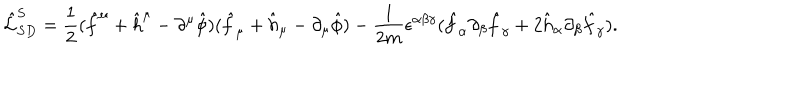
LaTeX: \hat { \cal { L } } _ { S D } ^ { S } = \frac { 1 } { 2 } ( \hat { f } ^ { \mu } + \hat { h } ^ { \mu } - \partial ^ { \mu } \hat { \phi } ) ( \hat { f } _ { \mu } + \hat { h } _ { \mu } - \partial _ { \mu } \hat { \phi } ) - \frac { 1 } { 2 m } \epsilon ^ { \alpha \beta \gamma } ( \hat { f } _ { \alpha } \partial _ { \beta } \hat { f } _ { \gamma } + 2 \hat { h } _ { \alpha } \partial _ { \beta } \hat { f } _ { \gamma } ) .